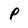
Character: P